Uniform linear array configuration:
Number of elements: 12
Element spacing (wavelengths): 0.5
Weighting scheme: uniform
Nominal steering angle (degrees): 30
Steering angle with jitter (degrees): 29.851
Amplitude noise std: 0.05
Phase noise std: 0.05

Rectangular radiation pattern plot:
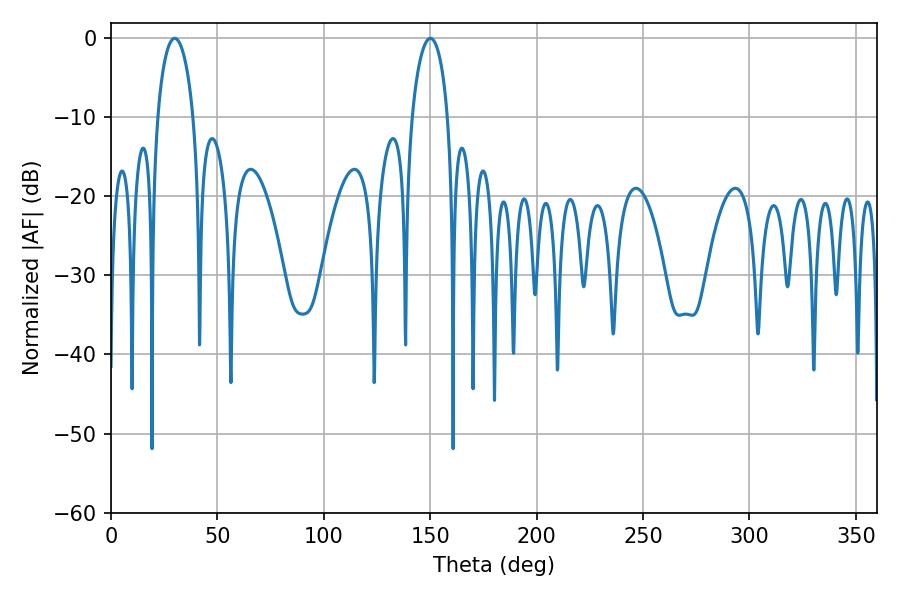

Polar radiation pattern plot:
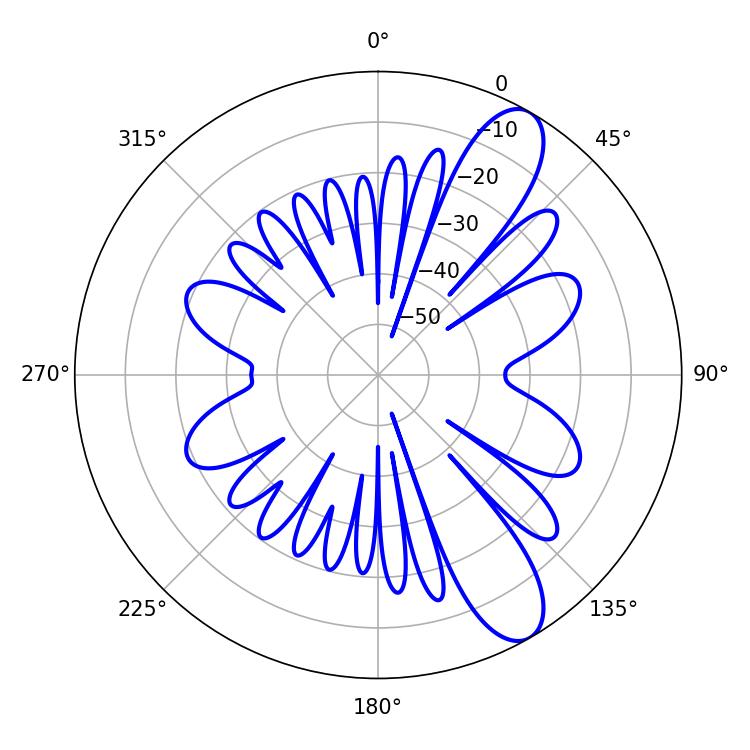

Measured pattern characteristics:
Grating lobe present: FALSE
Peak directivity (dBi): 10.29
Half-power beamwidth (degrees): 9.72
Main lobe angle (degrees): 29.88